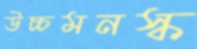
উচ্চমনস্ক